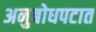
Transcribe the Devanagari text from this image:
अनुबोधपटात